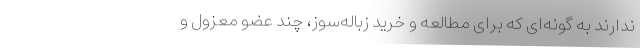
ندارند به گونه‌ای که برای مطالعه و خرید زباله‌سوز، چند عضو معزول و